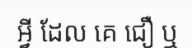
អ្វី ដែល គេ ជឿ ឬ